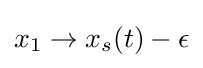
x_{1}\to x_{s}(t)-\epsilon